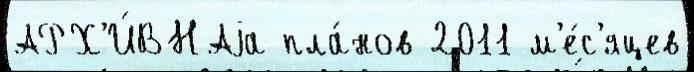
АРХ'И́ВНАjа пла́нов 2011 м'е́с'яцев